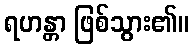
ရဟန္တာ ဖြစ်သွား၏။